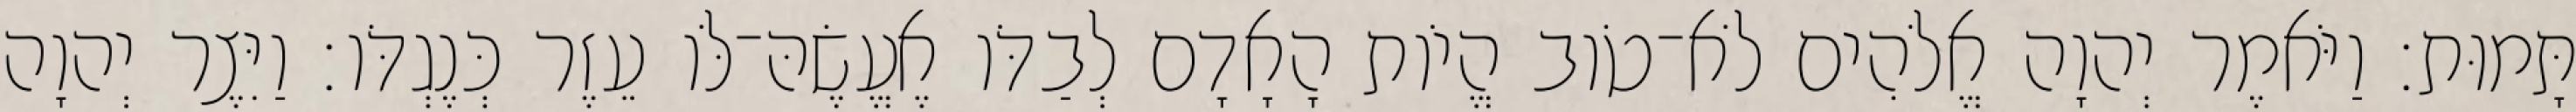
תָּמוּת׃ וַיֹּאמֶר יְהוָה אֱלֹהִים לֹא־טֹוב הֱיֹות הָאָדָם לְבַדֹּו אֶעֱשֶׂהּ־לֹּו עֵזֶר כְּנֶגְדֹּו׃ וַיִּצֶר יְהוָה